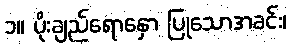
၁။ ပိုးချည်ရောနှော ပြုသောအခင်း၊